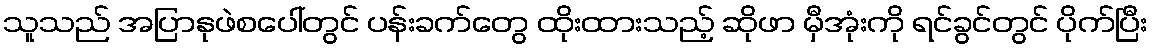
သူသည် အပြာနုဖဲစပေါ်တွင် ပန်းခက်တွေ ထိုးထားသည့် ဆိုဖာ မှီအုံးကို ရင်ခွင်တွင် ပိုက်ပြီး